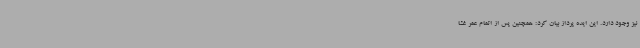
نیز وجود دارد. این ایده پرداز بیان کرد: همچنین پس از اتمام عمر غشا